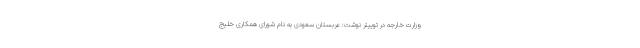
وزارت خارجه در توییتر نوشت: عربستان سعودی به نام شورای همکاری خلیج